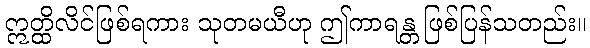
ဣတ္ထိလိင်ဖြစ်ရကား သုတမယီဟု ဤကာရန္တ ဖြစ်ပြန်သတည်း။